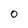
Character: O